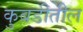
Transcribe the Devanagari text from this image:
कुबडीतील